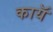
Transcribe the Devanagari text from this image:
कायॅ